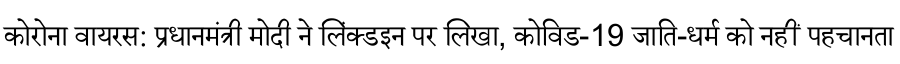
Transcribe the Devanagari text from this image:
कोरोना वायरस: प्रधानमंत्री मोदी ने लिंक्डइन पर लिखा, कोविड-19 जाति-धर्म को नहीं पहचानता